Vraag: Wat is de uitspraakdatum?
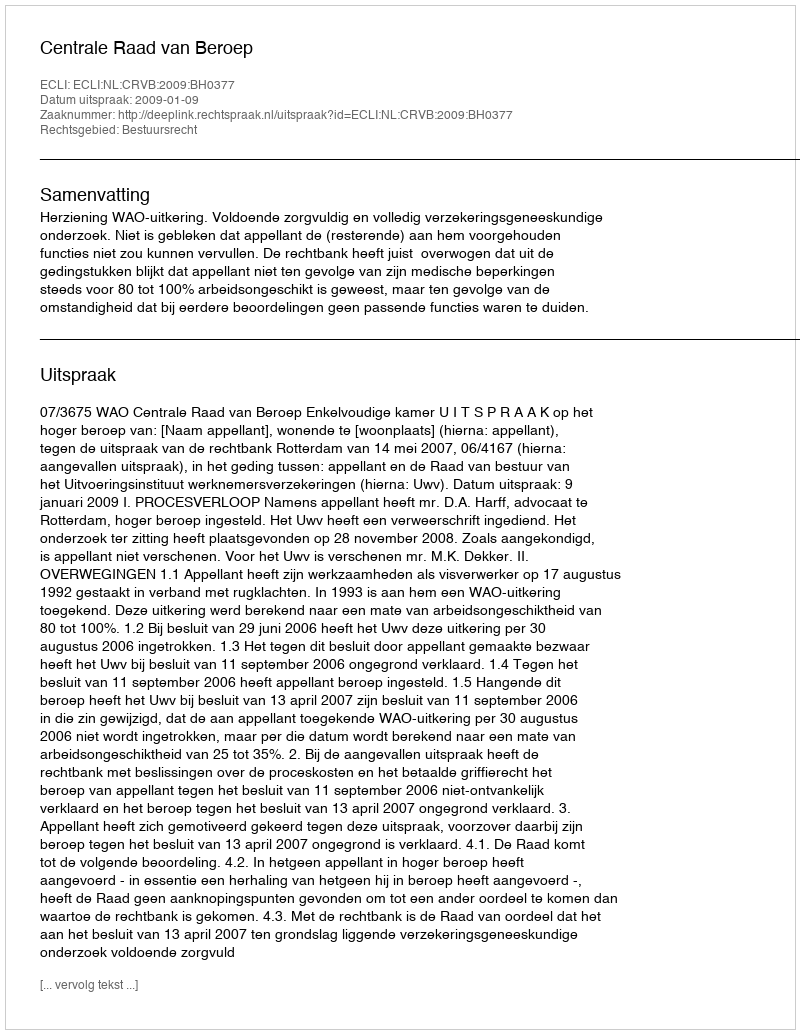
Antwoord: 2009-01-09